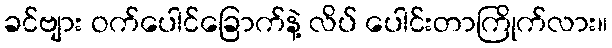
ခင်ဗျား ဝက်ပေါင်ခြောက်နဲ့ လိပ် ပေါင်းတာကြိုက်လား။